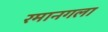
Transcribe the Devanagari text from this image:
रमानगला